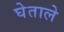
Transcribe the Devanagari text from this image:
घेताले